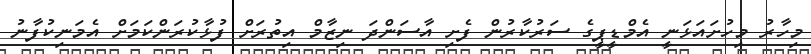
މިހާރު މިހުށައަޅަނީ އެމްޑީޕީގެ ސަރުކާރުން ފެށި އާސަންދަ ނިޒާމް އިތުރަށް ފުޅާކުރަންކަމަށް އެމަނިކުފާނު